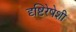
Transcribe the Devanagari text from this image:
दृष्टिरेषेशी